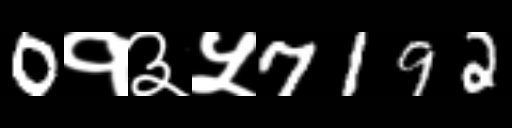
Text: 0१३५7192